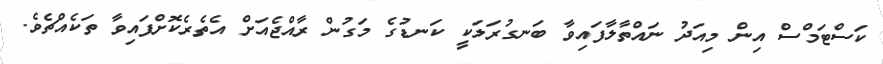
ކަސްޓަމްސް އިން މިއަދު ނައްތާލާފައިވާ ބަނގުރަލަކީ ކަނޑުގެ މަގުން ރާއްޖެއަށް އެތެރެކޮށްފައިވާ ތަކެއްޗެވެ.